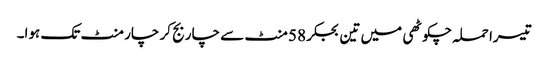
تیسرا حملہ چکوٹھی میں تین بجکر 58 منٹ سے چار بج کر چار منٹ تک ہوا۔